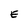
Character: E